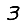
Digit: 3